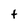
Character: t